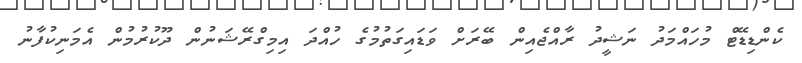
ކެންޑިޑޭޓް މުހައްމަދު ނަޝީދު ރާއްޖެއިން ބޭރަށް ވަޑައިގަތުމުގެ ހުއްދަ އިމިގްރޭޝަނުން ދޫކުރުމުން އެމަނިކުފާނު